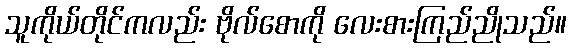
သူကိုယ်တိုင်ကလည်း ဗိုလ်စောကို လေးစားကြည်ညိုသည်။